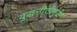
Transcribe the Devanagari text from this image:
युद्धनीतीमुळे